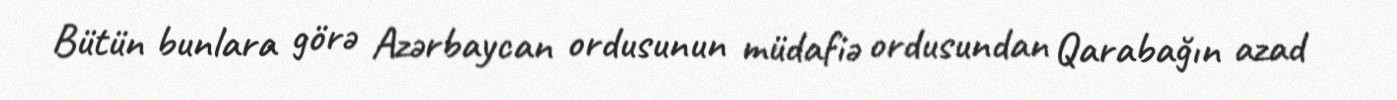
Bütün bunlara görə Azərbaycan ordusunun müdafiə ordusundan Qarabağın azad